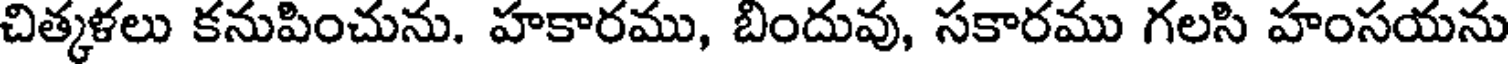
చిత్కళలు కనుపించును. హకారము, బిందువు, సకారము గలసి హంసయను